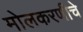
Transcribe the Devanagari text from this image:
मोलकरणीचे